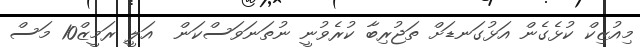
މިއުޒިކް ކުޅެގެން އަޅުގަނޑަށް ތަޖުރިބާ ކުރެވުނީ ނުތަނަވަސްކަން  އަލީ ރަމީޒް10 މަސް